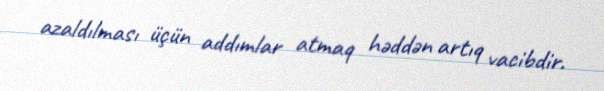
azaldılması üçün addımlar atmaq həddən artıq vacibdir.